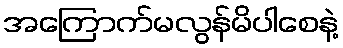
အကြောက်မလွန်မိပါစေနဲ့